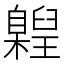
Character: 𮍝